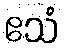
ဧသံ